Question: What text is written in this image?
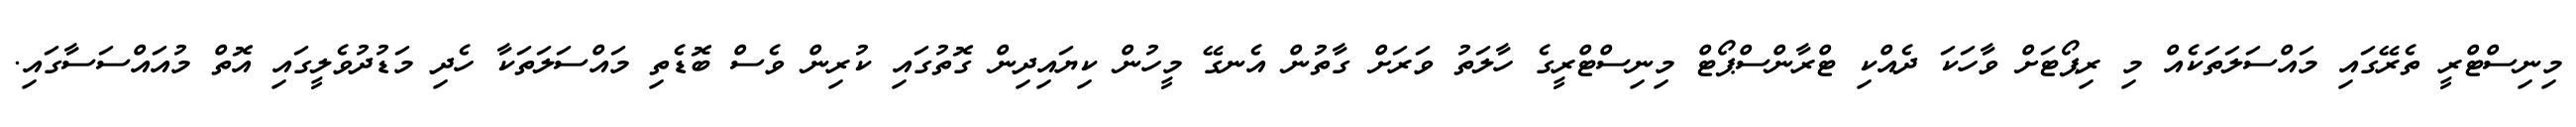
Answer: މިނިސްޓްރީ ތެރޭގައި މައްސަލަތަކެއް މި ރިޕޯޓަށް ވާހަކަ ދެއްކި ޓްރާންސްޕޯޓް މިނިސްޓްރީގެ ހާލަތު ވަރަށް ގާތުން އެނގޭ މީހުން ކިޔައިދިން ގޮތުގައި ކުރިން ވެސް ބޮޑެތި މައްސަލަތަކާ ހެދި މަޑުދުވެލީގައި އޮތް މުއައްސަސާގައި.